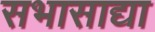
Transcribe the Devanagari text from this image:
सभासाद्या